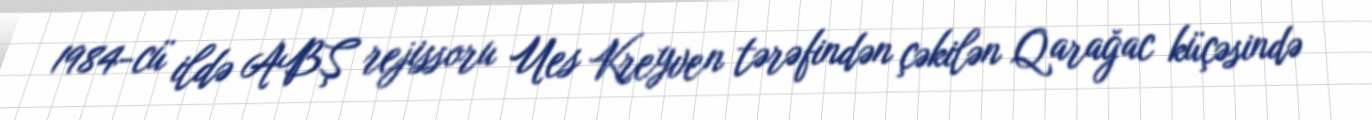
1984-cü ildə ABŞ rejissoru Ues Kreyven tərəfindən çəkilən Qarağac küçəsində